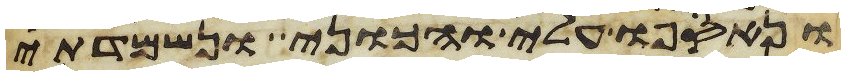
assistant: ונאספו עלי והכוני ונשמדתי